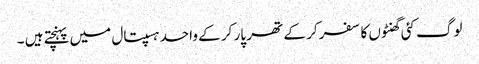
لوگ کئی گھنٹوں کا سفر کر کے تھر پار کر کے واحد ہسپتال میں پہنچتے ہیں ۔